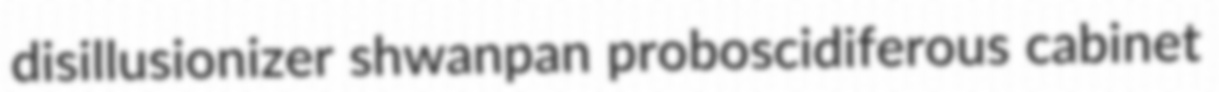
disillusionizer shwanpan proboscidiferous cabinet